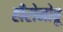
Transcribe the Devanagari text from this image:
हीरोनोबू